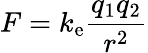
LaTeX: F=k_{\mathrm{e}}{\frac{q_{1}q_{2}}{r^{2}}}